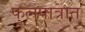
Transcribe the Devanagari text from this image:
फुलपात्रात